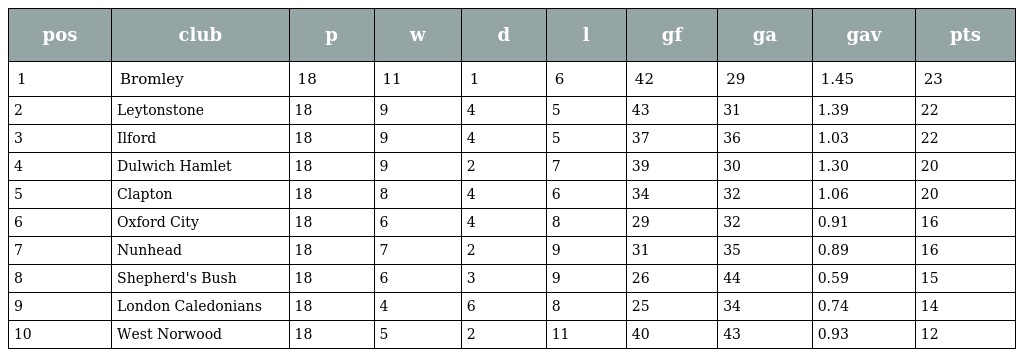
| pos | club | p | w | d | l | gf | ga | gav | pts |
 | --- | --- | --- | --- | --- | --- | --- | --- | --- | --- |
 | 1 | Bromley | 18 | 11 | 1 | 6 | 42 | 29 | 1.45 | 23 |
 | 2 | Leytonstone | 18 | 9 | 4 | 5 | 43 | 31 | 1.39 | 22 |
 | 3 | Ilford | 18 | 9 | 4 | 5 | 37 | 36 | 1.03 | 22 |
 | 4 | Dulwich Hamlet | 18 | 9 | 2 | 7 | 39 | 30 | 1.30 | 20 |
 | 5 | Clapton | 18 | 8 | 4 | 6 | 34 | 32 | 1.06 | 20 |
 | 6 | Oxford City | 18 | 6 | 4 | 8 | 29 | 32 | 0.91 | 16 |
 | 7 | Nunhead | 18 | 7 | 2 | 9 | 31 | 35 | 0.89 | 16 |
 | 8 | Shepherd's Bush | 18 | 6 | 3 | 9 | 26 | 44 | 0.59 | 15 |
 | 9 | London Caledonians | 18 | 4 | 6 | 8 | 25 | 34 | 0.74 | 14 |
 | 10 | West Norwood | 18 | 5 | 2 | 11 | 40 | 43 | 0.93 | 12 |